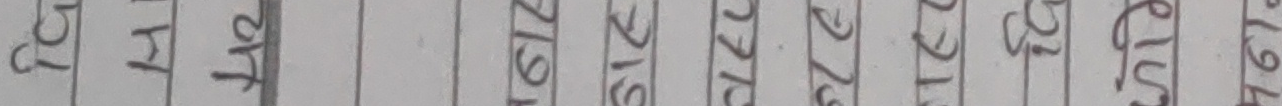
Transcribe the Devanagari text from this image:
१५ ५ २१९ २१९ २१८ २१७ २२० २२१ २२८ २३० १९० १७५